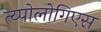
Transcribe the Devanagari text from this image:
त्य्पोलोगिएस